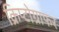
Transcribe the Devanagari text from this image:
क्रिप्टोग्राफर